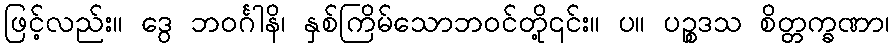
ဖြင့်လည်း။ ဒွေ ဘဝင်္ဂါနိ၊ နှစ်ကြိမ်သောဘဝင်တို့၎င်း။ ပ။ ပဉ္စဒသ စိတ္တက္ခဏာ၊